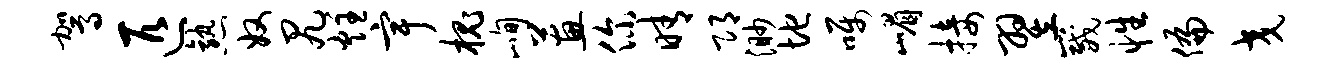
驾匹熟奴尻炷宇槐峋蕙你晴邛渺地嘱嵋接翌崴性偏交